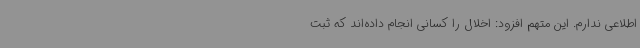
اطلاعی ندارم. این متهم افزود: اخلال را کسانی انجام داده‌اند که ثبت